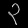
Digit: ၃